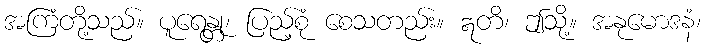
အကြံတို့သည်။ ပူရေန္တု၊ ပြည့်စုံ စေသတည်း။ ဣတိ၊ ဤသို့။ အနုမောဒနံ၊